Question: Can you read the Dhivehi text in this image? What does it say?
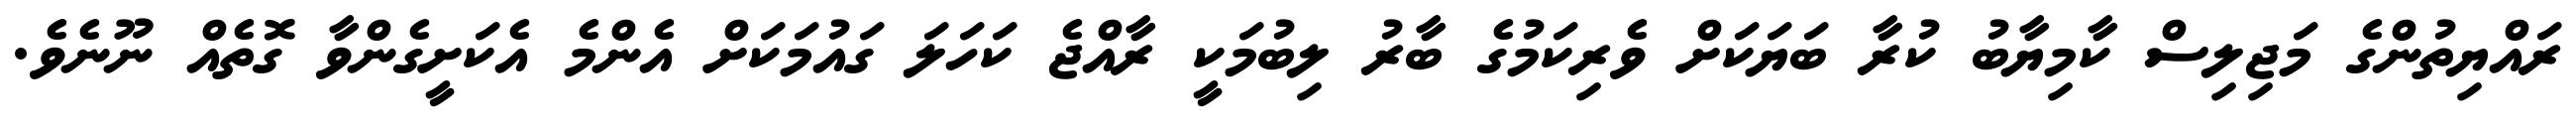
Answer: ރައްޔިތުންގެ މަޖިލިސް ކާމިޔާބު ކުރާ ބަޔަކަށް ވެރިކަމުގެ ބާރު ލިބުމަކީ ރާއްޖެ ކަހަލަ ގައުމަކަށް އެންމެ އެކަށީގެންވާ ގޮތެއް ނޫނެވެ.